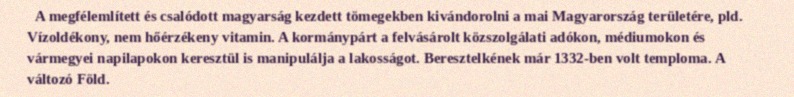
A megfélemlített és csalódott magyarság kezdett tömegekben kivándorolni a mai Magyarország területére, pld. Vízoldékony, nem hőérzékeny vitamin. A kormánypárt a felvásárolt közszolgálati adókon, médiumokon és vármegyei napilapokon keresztül is manipulálja a lakosságot. Beresztelkének már 1332-ben volt temploma. A változó Föld.